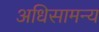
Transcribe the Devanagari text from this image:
अधिसामन्य